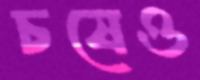
চষেও